Punjab Mental Hospital Lahore 1932-46 - 1932-1946
Year: 1932
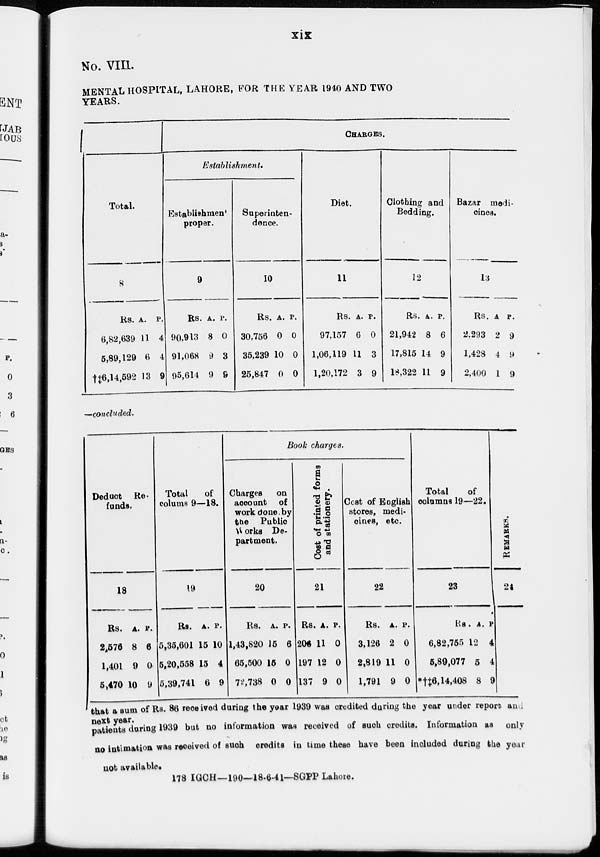
xix
No. VIII.
MENTAL HOSPITAL, LAHORE, FOR THE YEAR 1940 AND TWO
YEARS.
Total.
8
Rs.
6,82,639
6,89,129
†‡6,14,592
A.
11
6
13
P.
4
4
9
Charges.
Establishment.
Establishment
proper.
9
Rs.
90,913
91,068
95,614
A.
8
9
9
P.
0
3
9
Superinten-
dence.
10
Rs.
30,756
35,239
25,847
A.
0
10
0
P.
0
0
0
Diet.
11
Rs.
97,157
1,06,119
1,20,172
A.
6
11
3
P.
0
3
9
Clothing and
Bedding.
12
Rs.
21,942
17,815
18,322
A.
8
14
11
P.
6
9
9
Bazar medi-
cines.
13
Rs.
2,293
1,428
2,400
A
2
4
1
P.
9
9
9
—concluded.
Deduct Re-
funds.
18
Rs.
2,576
1,401
5,470
A.
8
9
10
P.
6
0
9
Total
of
colums 9—18.
19
Rs.
5,35,601
5,20,558
5,39,741
A.
15
15
6
P.
10
4
9
Book charges.
Charges on
account of
work done by
the Public
Works De-
partment.
20
Rs.
1,43,820
65,500
72,738
A.
15
15
0
P.
6
0
0
Cost of printed forms
and stationery.
21
Rs.
206
197
137
A.
11
12
9
P.
0
0
0
Cost of English
stores, medi-
cines, etc.
22
Rs.
3,126
2,819
1,791
A.
2
11
9
P.
0
0
0
Total
of
columns 19—22.
23
Rs.
6,82,755
5,89,077
*†‡6,14,408
A.
12
5
8
P.
4
4
9
REMARKS.
24
that a sum of Rs. 86 received during the year 1939 was credited during the year under report and
next year.
patients during 1939 but no information was received of such credits. Information as only
no intimation was received of such credits in time these have been included during the year
not available.
178 IGCH—190—18-6-41—SGPP Lahore.